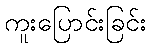
ကူးပြောင်းခြင်း